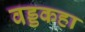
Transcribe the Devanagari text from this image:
वड्डकहा